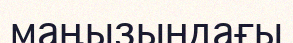
маңызындағы